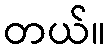
တယ်။